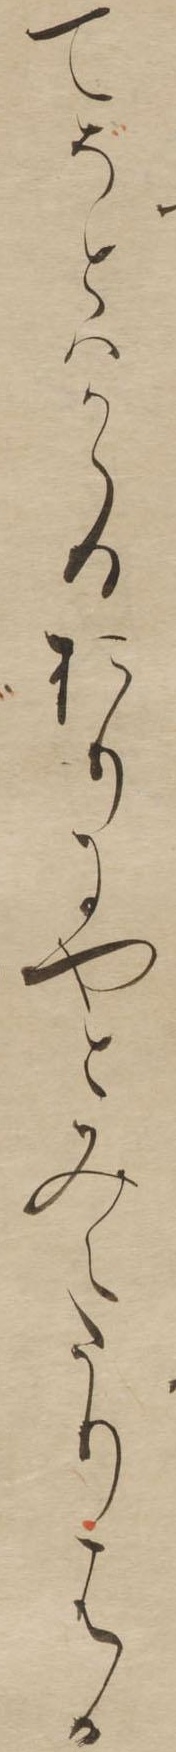
てぞとはかゝるおりにやとみえたりはか